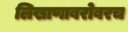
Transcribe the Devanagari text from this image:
लिखाणाबरोबरच